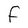
Character: F